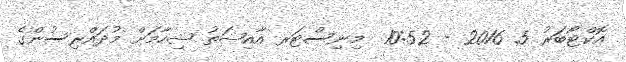
އޮކްޓޯބަރު 5